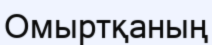
Омыртқаның